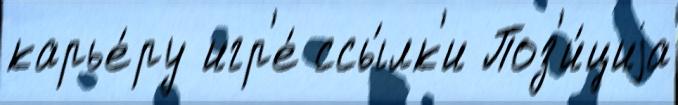
карье́ру игр'е́ ссы́лк'и Поз'и́циjа